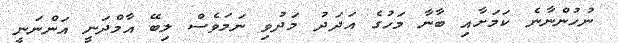
ނުހުންނާނެ ކަމަށާއި ބާނާ މަހުގެ އަދަދު މަދުވި ނަމަވެސް ލިބޭ އާމްދަނީ އަންނަނީ